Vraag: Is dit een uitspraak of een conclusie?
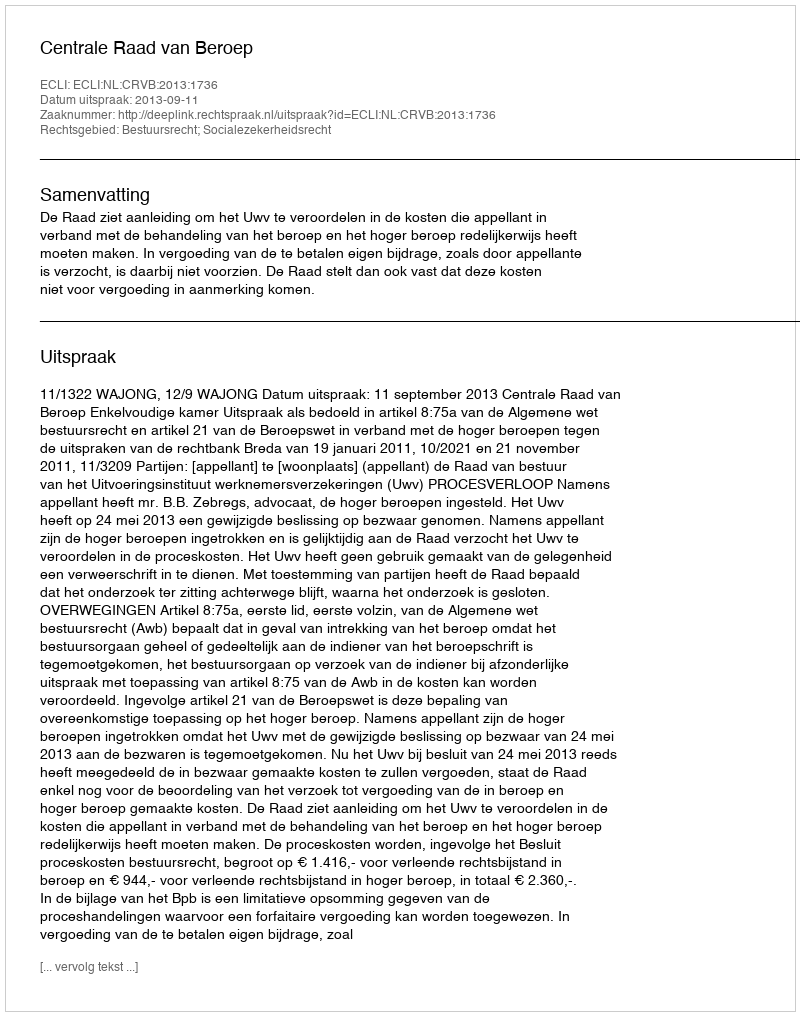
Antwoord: Uitspraak